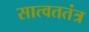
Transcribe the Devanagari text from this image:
सात्वततंत्र